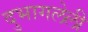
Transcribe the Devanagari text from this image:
दुभागलेली